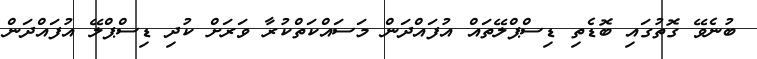
ބުނެވޭ ގޮތުގައި ބޮޑެތި ޑިސްޕްލޭތައް އުފައްދަން މަސައްކަތްކުރާ ވަރަށް ކުދި ޑިސްޕްލޭ އުފައްދަން